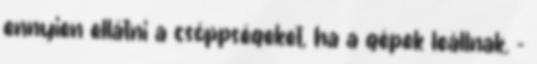
ennyien ellátni a csöppségeket, ha a gépek leállnak. -